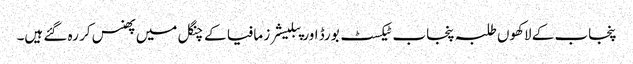
پنجاب کے لاکھوں طلبہ پنجاب ٹیکسٹ بورڈ اور پبلیشرز مافیا کے چنگل میں پھنس کر رہ گئے ہیں۔